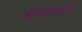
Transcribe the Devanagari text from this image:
श्रेण्यांमध्ये